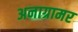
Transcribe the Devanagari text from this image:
अनाग्रामर